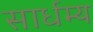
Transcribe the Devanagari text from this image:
सार्धम्य